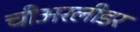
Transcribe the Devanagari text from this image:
चीअरलीडर